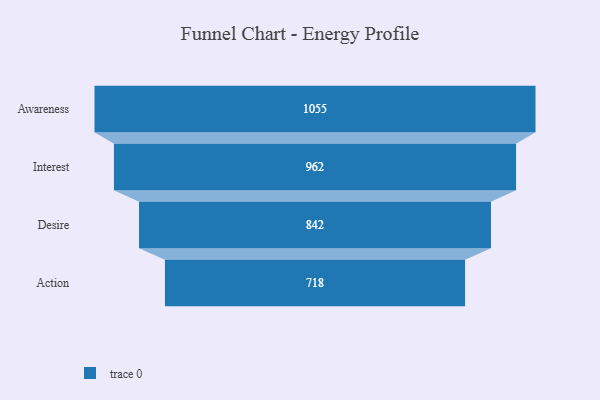
{"axis": {"x": "Stage", "y": "Value"}, "legend": [""], "data": [{"x": "Awareness", "y": 1055.0, "type": ""}, {"x": "Interest", "y": 962.0, "type": ""}, {"x": "Desire", "y": 842.0, "type": ""}, {"x": "Action", "y": 718.0, "type": ""}]}